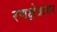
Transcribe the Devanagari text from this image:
रणक्षेत्रावर